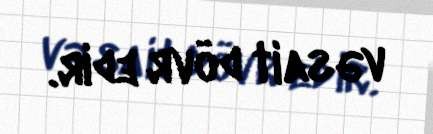
vəsait dövr edir.